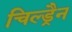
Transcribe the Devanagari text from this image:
चिल्ड्रैन